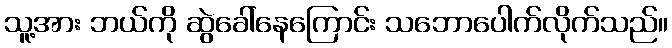
သူ့အား ဘယ်ကို ဆွဲခေါ်နေကြောင်း သဘောပေါက်လိုက်သည်။